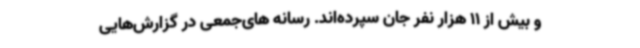
و بیش از 11 هزار نفر جان سپرده‌اند. رسانه های‌جمعی در گزارش‌هایی